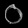
Digit: ၀